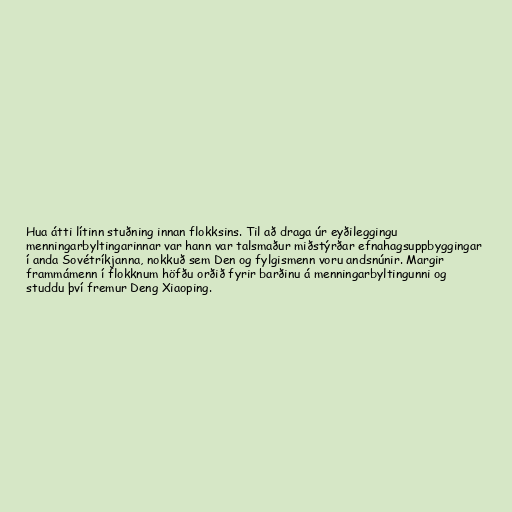
Hua átti lítinn stuðning innan flokksins. Til að draga úr eyðileggingu
menningarbyltingarinnar var hann var talsmaður miðstýrðar efnahagsuppbyggingar
í anda Sovétríkjanna, nokkuð sem Den og fylgismenn voru andsnúnir. Margir
frammámenn í flokknum höfðu orðið fyrir barðinu á menningarbyltingunni og
studdu því fremur Deng Xiaoping.